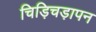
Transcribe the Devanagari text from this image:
चिड़िचड़ापन